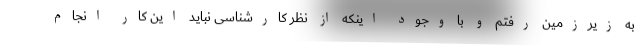
به زیرزمین رفتم و با وجود اینکه از نظر کارشناسی نباید این کار انجام